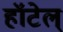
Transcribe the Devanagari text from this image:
हॉटेल्